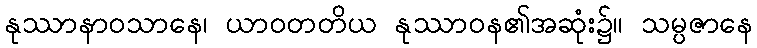
နုဿာနာဝသာနေ၊ ယာဝတတိယ နုဿာဝန၏အဆုံး၌။ သမ္ပဇာနေ